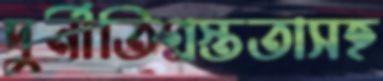
দুর্নীতিগ্রস্ততাসহ